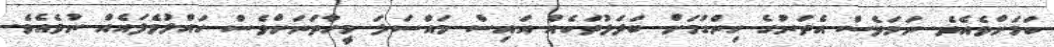
ކަމަށްވެެއެވެ. ނަމަވެސް އެތަނުގެ ހިންގުމަށް ބަދަލުތަކެއް އައިސް މައްސަލަ މީހާތަނަށްވެސް ހައްލުވެފައެއް ނުވެއެވެ.